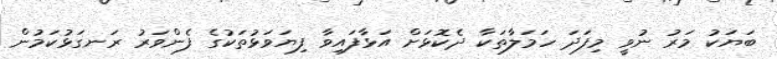
ބަޔަކު މަރު ނުވީ މިފަދަ ހަމަލާތަކާ ދެކޮޅަށް އަޅާފައިވާ ފިޔަވަޅުތަކުގެ ފެންވަރު ރަނގަޅުކަމުން